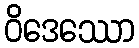
ဝိဒေဿော